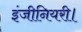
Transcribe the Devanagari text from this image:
इंजीनियरी।